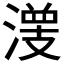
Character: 𰝀